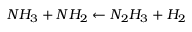
N H _ { 3 } + N H _ { 2 } \leftarrow N _ { 2 } H _ { 3 } + H _ { 2 }